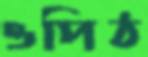
ওপিঠ